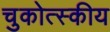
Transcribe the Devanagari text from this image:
चुकोत्स्कीय